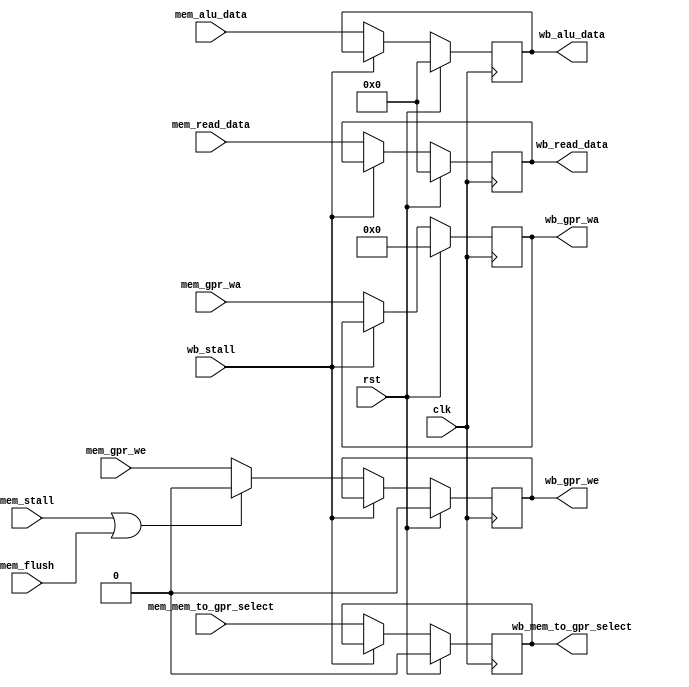
module musb_memwb_register(
    input               clk,                    
    input               rst,                    
    input       [31:0]  mem_read_data,          
    input       [31:0]  mem_alu_data,           
    input       [4:0]   mem_gpr_wa,             
    input               mem_mem_to_gpr_select,  
    input               mem_gpr_we,             
    input               mem_flush,
    input               mem_stall,              
    input               wb_stall,               
    output  reg [31:0]  wb_read_data,           
    output  reg [31:0]  wb_alu_data,            
    output  reg [4:0]   wb_gpr_wa,              
    output  reg         wb_mem_to_gpr_select,   
    output  reg         wb_gpr_we               
    );
    always @(posedge clk) begin
        wb_read_data         <= (rst) ? 31'b0 : ((wb_stall) ? wb_read_data                                            : mem_read_data);
        wb_alu_data          <= (rst) ? 31'b0 : ((wb_stall) ? wb_alu_data                                             : mem_alu_data);
        wb_gpr_wa            <= (rst) ? 5'b0  : ((wb_stall) ? wb_gpr_wa                                               : mem_gpr_wa);
        wb_mem_to_gpr_select <= (rst) ? 1'b0  : ((wb_stall) ? wb_mem_to_gpr_select                                    : mem_mem_to_gpr_select);
        wb_gpr_we            <= (rst) ? 1'b0  : ((wb_stall) ? wb_gpr_we            : ((mem_stall | mem_flush) ? 1'b0  : mem_gpr_we));
    end
endmodule